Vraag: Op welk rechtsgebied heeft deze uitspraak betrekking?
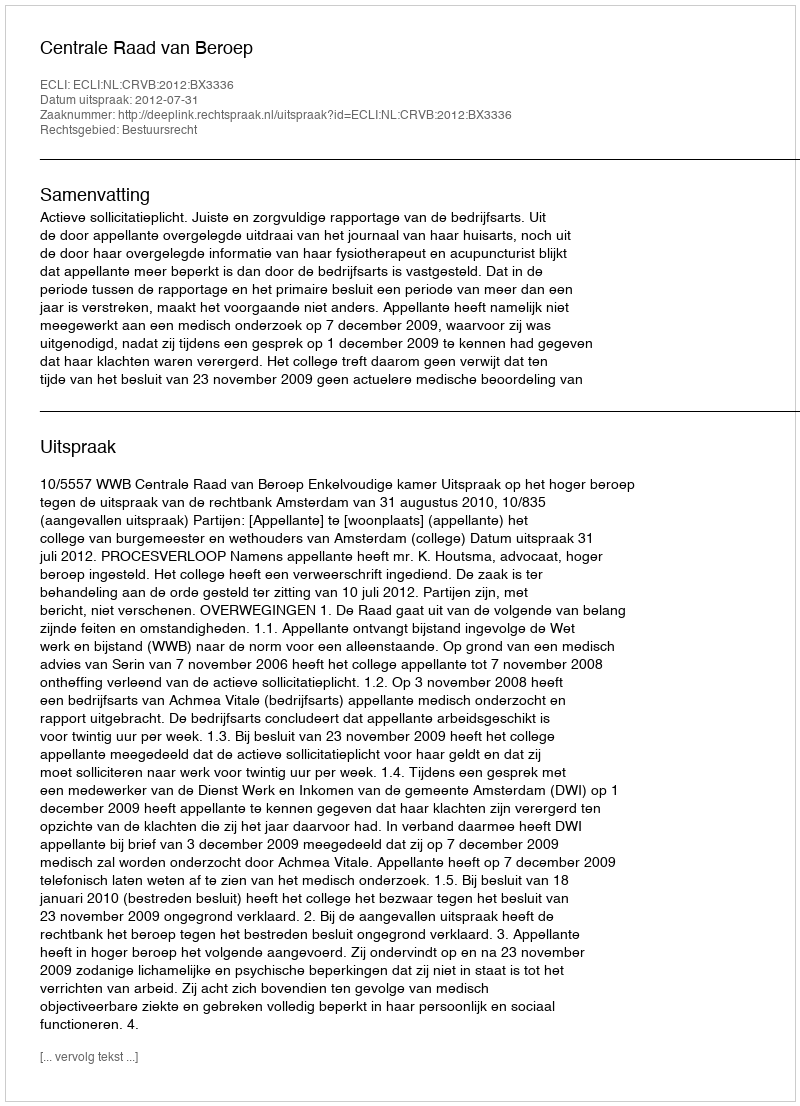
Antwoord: Bestuursrecht